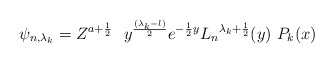
\begin{align*}\psi_{n,{\lambda_k}} = Z^{a +\frac{1}{2}}\,\,\ y^{({\lambda_k} - l) \over 2} e^{-{1\over 2} y} {L_n}^{{\lambda_k} + {1\over 2}} (y) \,\, P_k (x)\end{align*}